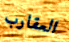
العقارب